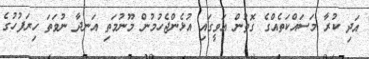
އަދި ކުރާ މަސައްކަތެއްގެ ގޮތުން އަވީގައި އުޅެންޖެހުމުން މޫނުމަތި އަނދާ ނުވަތަ ހިރަފުހުގެ